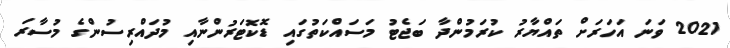
2021 ވަނަ އަހަރަށް ތައްޔާރު ކުރަމުންދާ ބަޖެޓު މަސައްކަތުގައި ޑޮކޮޓަރުންނާއި މުދައްރިސުންގެ މުސާރަ